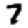
Digit: 7